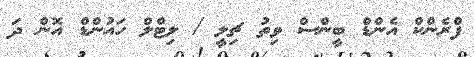
ފްރެންކް އެންޑް ބީންސް ވިތު ޗިލީ / ލިޓްލް ހައުންޑް އޮން ދަ